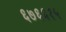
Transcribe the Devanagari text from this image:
६७६६१५